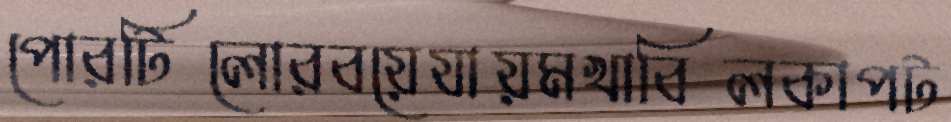
পোরটিলোরবয়েযায়মখাবিলকাপট